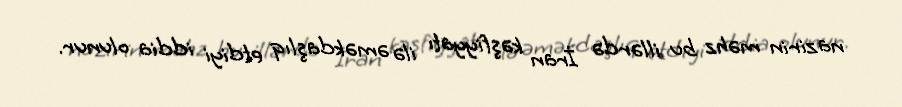
nazirin məhz bu illərdə İran kəşfiyyatı ilə əməkdaşlıq etdiyi iddia olunur.